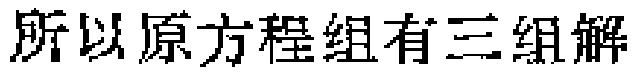
所以原方程组有三组解